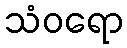
သံဝရော